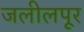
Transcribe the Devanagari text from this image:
जलीलपूर